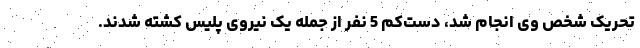
تحریک شخص وی انجام شد، دست‌کم 5 نفر از جمله یک نیروی پلیس کشته شدند.